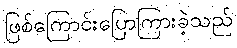
ဖြစ်ကြောင်းပြောကြားခဲ့သည်